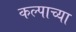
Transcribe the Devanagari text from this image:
कल्पाच्या